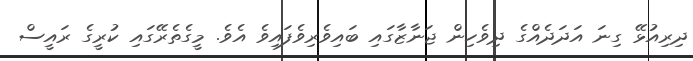
ދިރިއުޅޭ ގިނަ އަދަދެއްގެ ދިވެހިން ޖަނާޒާގައި ބައިވެރިވެފައިވެ އެވެ. މީގެތެރޭގައި ކުރީގެ ރައީސް